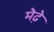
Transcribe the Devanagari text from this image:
मेढे़